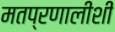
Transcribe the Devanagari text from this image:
मतप्रणालीशी